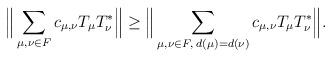
LaTeX: \begin{align*}\Big\|\sum_{\mu,\nu\in F}c_{\mu,\nu}T_\mu T_\nu^*\Big\|\geq \Big\|\sum_{\mu,\nu\in F,\;d(\mu)=d(\nu)}c_{\mu,\nu}T_\mu T_\nu^*\Big\|.\end{align*}